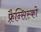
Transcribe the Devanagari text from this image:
फ़्रैन्सिस्को